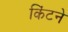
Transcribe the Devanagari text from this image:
किंटने